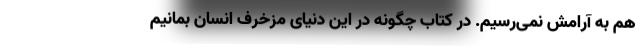
هم به آرامش نمی‌رسیم. در کتاب چگونه در این دنیای مزخرف انسان بمانیم